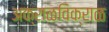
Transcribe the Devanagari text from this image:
अक्राळविक्राळ